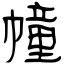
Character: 幢